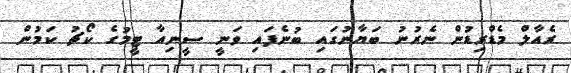
ރެއާލް މެޑްރިޑުން ނެރުނު ބަޔާނުގައި ބުނެފައި ވަނީ ސީނިއާ ޓީމުގެ ކޯޗު ކަމުން